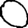
Digit: 0